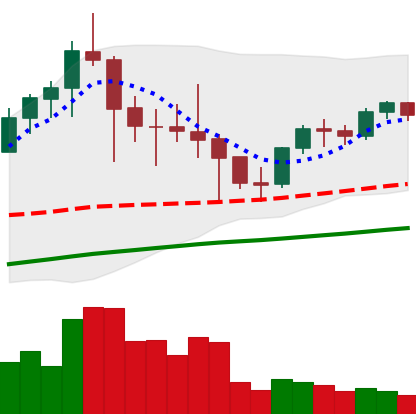
Ticker: LTC-USD
Chart end date: 2021-05-02
Forward return: 28.669%
Label: up_7plus